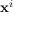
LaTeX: \mathbf { x } ^ { i }